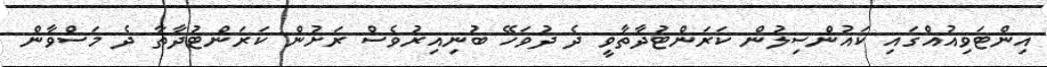
އިންޓަވިއުއެްގައި ކައުންސިލުން ކަރަންޓުދާތާވީ ދެ ދުވަހޭ ބުނިއިރުވެސް ރަށުން ކަރަންޓުދާތާ ދެ މަސްވާން